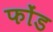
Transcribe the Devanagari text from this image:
फोंड